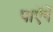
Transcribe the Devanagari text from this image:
पाएॅगें